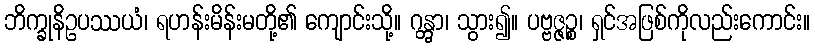
ဘိက္ခုနိဥပဿယံ၊ ရဟန်းမိန်းမတို့၏ ကျောင်းသို့။ ဂန္တွာ၊ သွား၍။ ပဗ္ဗဇ္ဇဉ္စ၊ ရှင်အဖြစ်ကိုလည်းကောင်း။